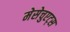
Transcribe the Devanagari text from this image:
मेसेचुएट्स